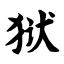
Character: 狱